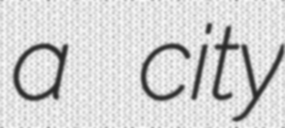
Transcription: a city